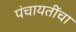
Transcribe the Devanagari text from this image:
पंचायतींचा